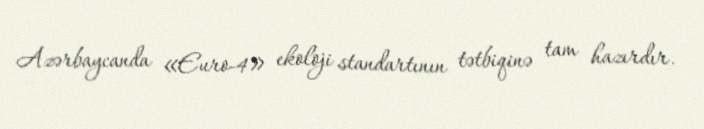
Azərbaycanda «Euro-4» ekoloji standartının tətbiqinə tam hazırdır.